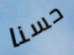
حسنا